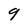
Character: 9